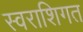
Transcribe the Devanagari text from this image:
स्वराशिगत